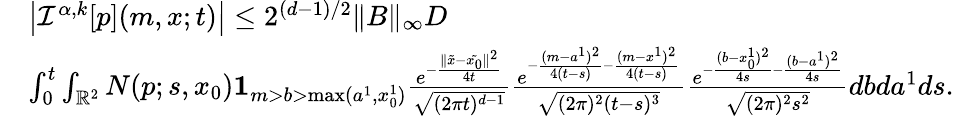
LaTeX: \begin{array}{rl}&{\left|{\mathcal I}^{\alpha,k}[p](m,x;t)\right|\leq 2^{(d-1)/2}\| B\| _{\infty}D}\\ &{\int_{0}^{t}\int_{{\mathbb R}^{2}}N(p;s,x_{0}){\mathbf 1}_{m>b>\operatorname*{max}(a^{1},x_{0}^{1})}\frac{e^{-\frac{\| \tilde{x}-\tilde{x_{0}}\| ^{2}}{4t}}}{\sqrt{(2\pi t)^{d-1}}}\frac{e^{-\frac{(m-a^{1})^{2}}{4(t-s)}-\frac{(m-x^{1})^{2}}{4(t-s)}}}{\sqrt{(2\pi)^{2}(t-s)^{3}}}\frac{e^{-\frac{(b-x_{0}^{1})^{2}}{4s}-\frac{(b-a^{1})^{2}}{4s}}}{\sqrt{(2\pi)^{2}{s^{2}}}}dbda^{1}ds.}\end{array}